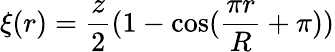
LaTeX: \xi(r)=\frac{z}{2}(1-\cos(\frac{\pi r}{R}+\pi))